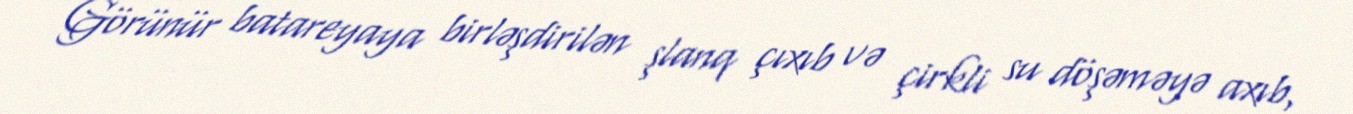
Görünür batareyaya birləşdirilən şlanq çıxıb və çirkli su döşəməyə axıb,